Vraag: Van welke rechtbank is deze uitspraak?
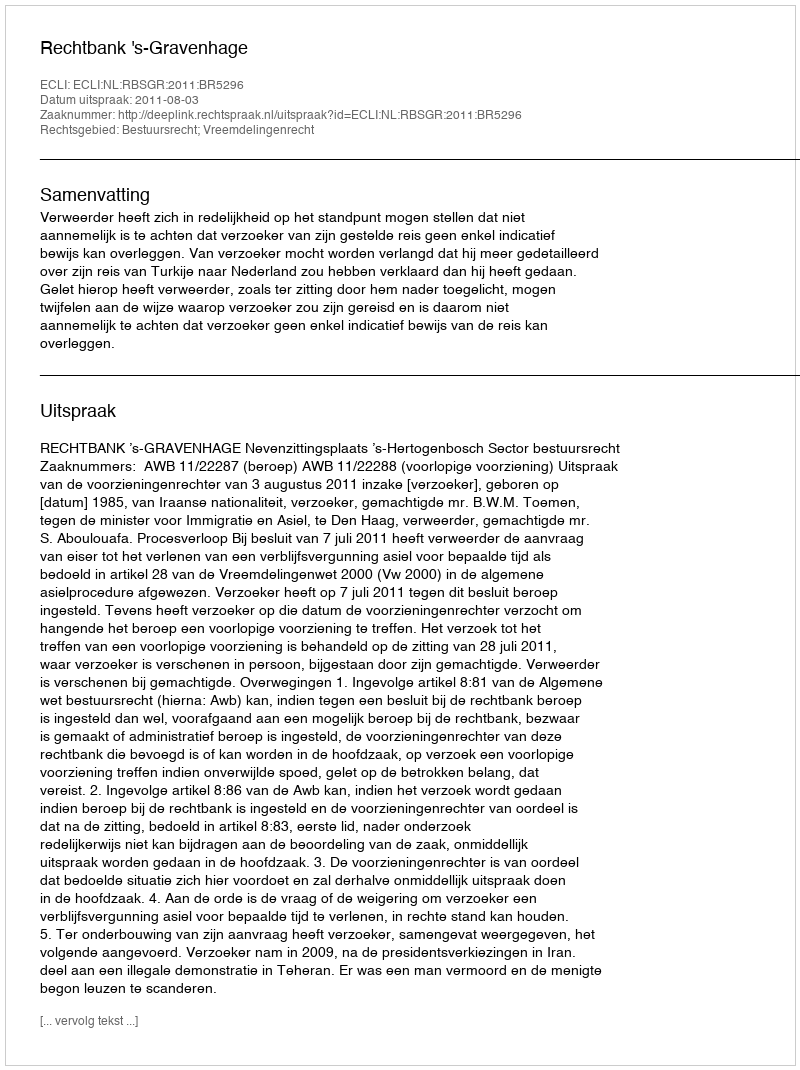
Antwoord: Rechtbank 's-Gravenhage